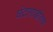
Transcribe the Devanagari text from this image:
घंटागाडीतच